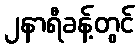
၂နာရီခန့်တွင်